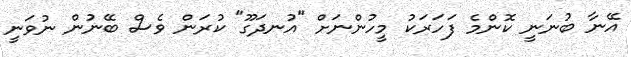
އޭނާ ބުނަނީ ކޮންމެ ފަހަރަކު މީހުންނަށް "އުނދަގޫ" ކުރަން ވެސް ބޭނުން ނުވަނީ